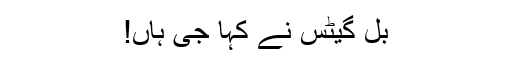
بل گیٹس نے کہا جی ہاں!